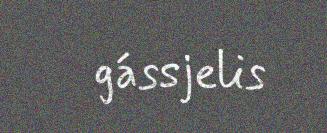
gássjelis